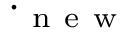
\cdot _ { \mathrm { ~ n ~ e ~ w ~ } }